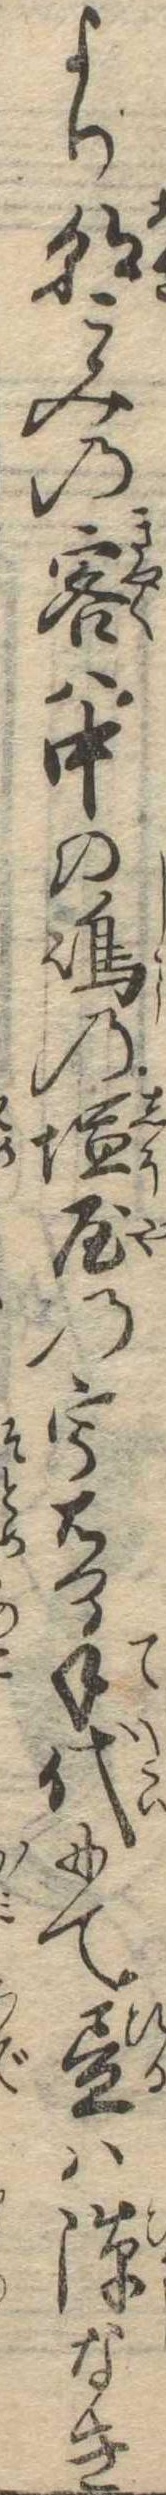
より朝ごみの客は中の島の塩屋の宇右門手代にて昼は隙なき